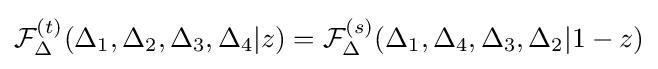
{\mathcal {F}}_{\Delta }^{(t)}(\Delta _{1},\Delta _{2},\Delta _{3},\Delta _{4}|z)={\mathcal {F}}_{\Delta }^{(s)}(\Delta _{1},\Delta _{4},\Delta _{3},\Delta _{2}|1-z)